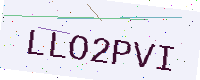
Text: LLO2PVI